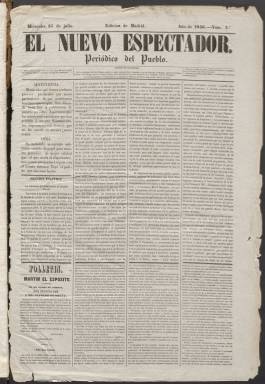
Título: El Nuevo espectador
Colección: Periódicos anteriores a 1850
Ámbito geográfico: Madrid
Lugar de publicación: Madrid
Fechas: 15/07/1846-29/11/1846